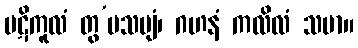
ပဋိကူလံ တွ’ပသဗျံ၊ ဂဟနံ ကလိလံ သမာ။